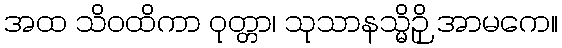
အထ သိဝထိကာ ဝုတ္တာ၊ သုသာနသ္မိဉှိ အာမကေ။